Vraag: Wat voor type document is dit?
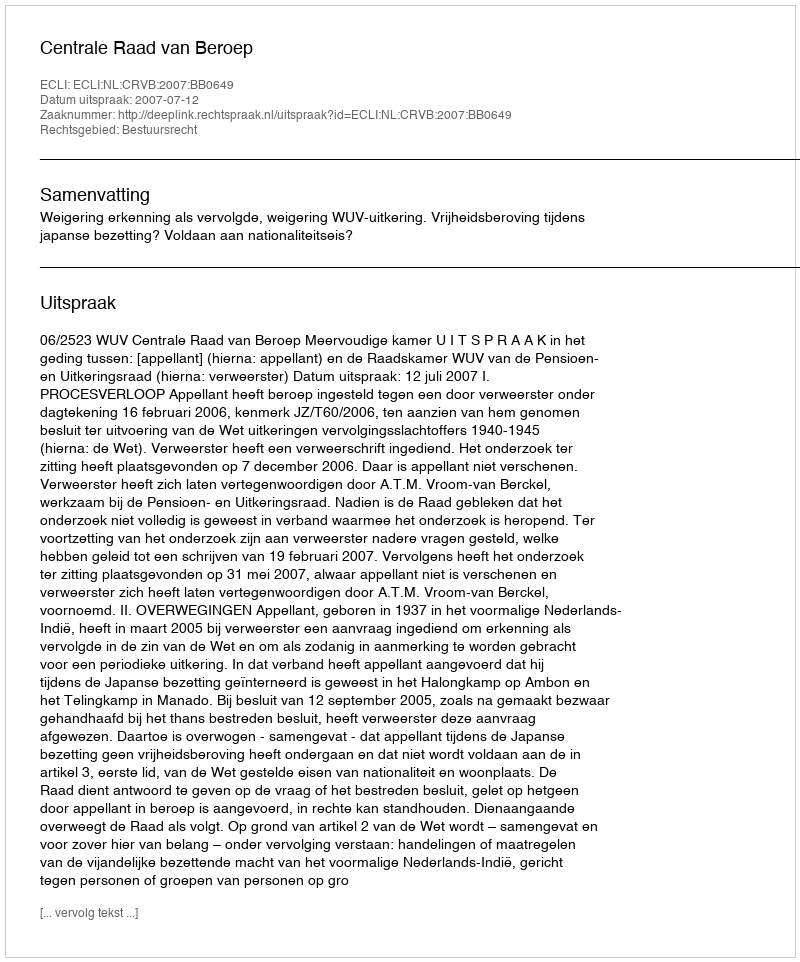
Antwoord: Uitspraak